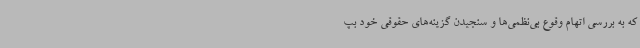
که به بررسی اتهام وقوع بی‌نظمی‌ها و سنجیدن گزینه‌های حقوقی خود بپ